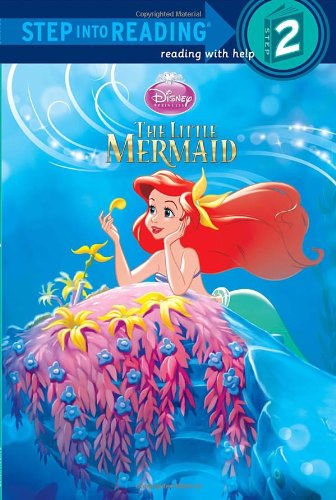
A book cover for The Little Mermaid Step into Reading (Disney Princess); Ruth Homberg; Children's Books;